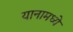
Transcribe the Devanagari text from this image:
यानामध्ये